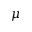
\mu